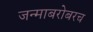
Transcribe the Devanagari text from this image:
जन्माबरोबरच